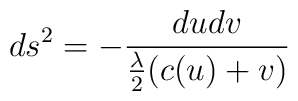
ds^2=-\frac {dudv} {{\frac \lambda 2}(c(u)+v)}